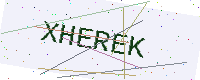
Text: XHEREK